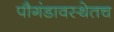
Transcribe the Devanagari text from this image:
पौगंडावस्थेतच